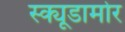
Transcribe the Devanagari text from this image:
स्क्यूडामोर